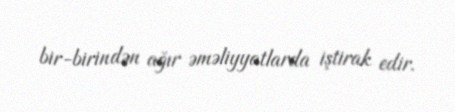
bir-birindən ağır əməliyyatlarda iştirak edir.